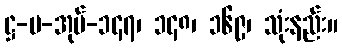
ဋ္ဌ-ပ-အုပ်-၁၄၇၊ ၁၄၈၊ ၁၆၉၊ သုံးနည်း။